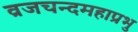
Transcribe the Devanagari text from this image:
व्रजचन्दमहाप्रभु